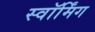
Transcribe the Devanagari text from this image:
स्वॉर्मिंग